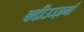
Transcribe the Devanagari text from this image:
बदीउज्ज़माँ